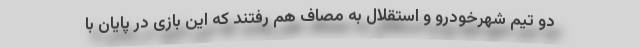
دو تیم شهرخودرو و استقلال به مصاف هم رفتند که این بازی در پایان با